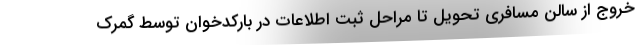
خروج از سالن مسافری تحویل تا مراحل ثبت اطلاعات در بارکدخوان توسط گمرک